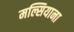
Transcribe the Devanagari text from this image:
मल्सियाना